Scottish Leaving Certificate Examination, 1952
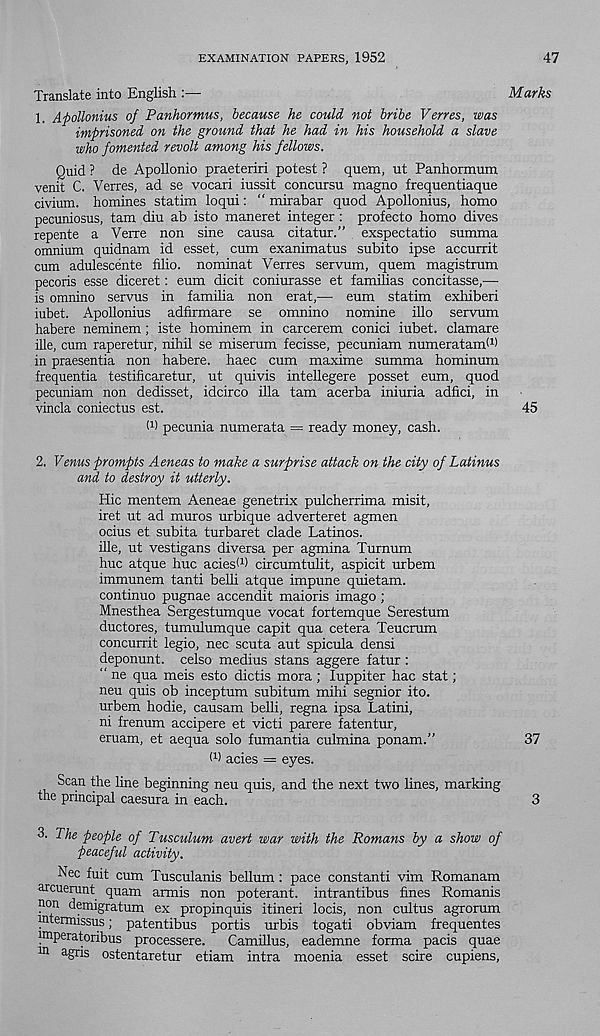
EXAMINATION PAPERS, 1952
47
Translate into English
Marks
1. Apollonius of Panhormus, because he could not bribe Verres, was
imprisoned on the ground that he had in his household a slave
who fomented revolt among his fellows.
Quid ? de Apollonio praeteriri potest ? quem, ut Panhormum
venit C. Verres, ad se vocari iussit concursu magno frequentiaque
civium. homines statim loqui: “ mirabar quod Apollonius, homo
pecuniosus, tam diu ab isto maneret integer : profecto homo dives
repente a Verre non sine causa citatur.” exspectatio summa
omnium quidnam id esset, cum exanimatus subito ipse accurrit
cum adulescente filio. nominat Verres servum, quem magistrum
pecoris esse diceret: eum dicit coniurasse et famihas concitasse,'—
is omnino servus in familia non erat,—• eum statim exhiberi
iubet. Apollonius adfirmare se omnino nomine illo servum
habere neminem; iste hominem in carcerem conici iubet. clamare
ille, cum raperetur, nihil se miserum fecisse, pecuniam numerataml 1 )
in praesentia non habere, haec cum maxime summa hominum
frequentia testificaretur, ut quivis intellegere posset eum, quod
pecuniam non dedisset, idcirco ilia tam acerba iniuria adfici, in
vincla coniectus est.
45
l 1 ) pecunia numerata = ready money, cash.
2. Venus prompts Aeneas to make a surprise attack on the city of Latinus
and to destroy it utterly.
Hie mentem Aeneae genetrix pulcherrima misit,
iret ut ad muros urbique adverteret agmen
ocius et subita turbaret clade Latinos,
ille, ut vestigans diversa per agmina Turnum
hue atque hue aciesd) circumtulit, aspicit urbem
immunem tanti belli atque impune quietam.
continuo pugnae accendit maioris imago ;
Mnesthea Sergestumque vocat fortemque Serestum
ductores, tumulumque capit qua cetera Teucrum
concurrit legio, nec scuta aut spicula densi
deponunt. celso medius stans aggere fatur:
“ ne qua meis esto dictis mora; luppiter hac stat;
neu quis ob inceptum subitum mihi segnior ito.
urbem hodie, causam belli, regna ipsa Latini,
ni frenum accipere et victi parere fatentur,
eruam, et aequa solo fumantia culmina ponam.”
37
d) acies = eyes.
Scan the line beginning neu quis, and the next two lines, marking
the principal caesura in each.
3
3. The people of Tusculum avert war with the Romans by a show of
peaceful activity.
Nec fuit cum Tusculanis bellum: pace constant! vim Romanam
arcuerunt quam armis non poterant. intrantibus fines Romanis
pon demigratum ex propinquis itineri locis, non cultus agrorum
intermissus; patentibus portis urbis togati obviam frequentes
imperatoribus processere. Camillus, eademne forma pacis quae
ln agns ostentaretur etiam intra moenia esset scire cupiens.